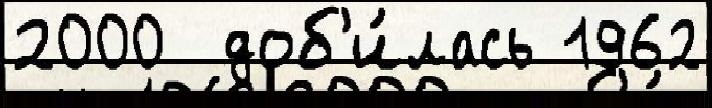
2000  доб'и́лась 1962